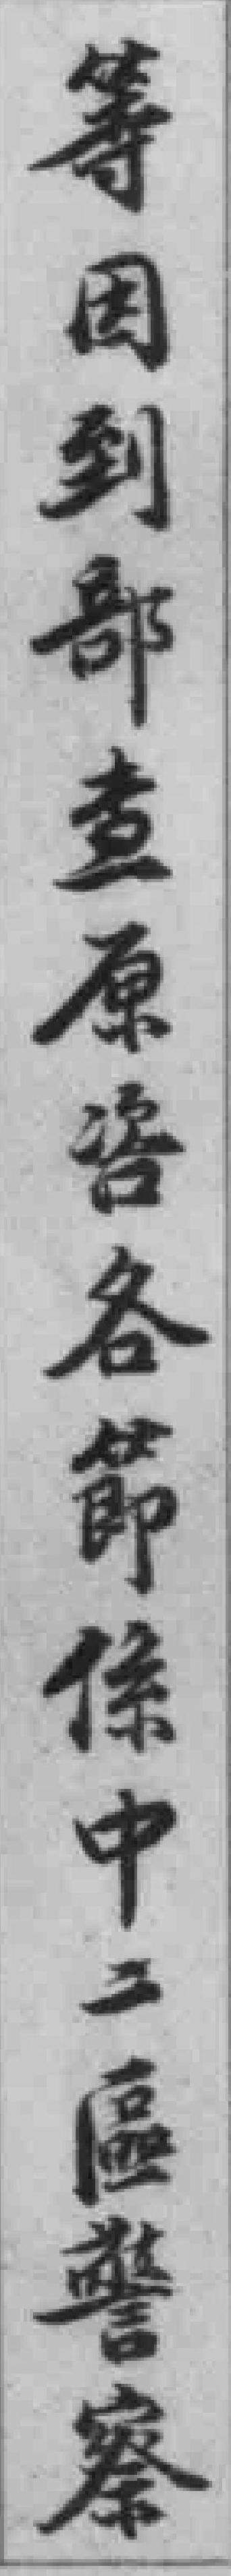
等因到部查原咨各節條中二區警察